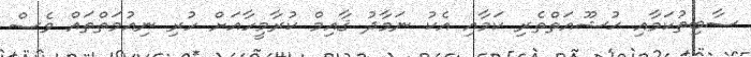
ސާބިތުކަމާއި ޙުޝޫއަތްތެރި ކަމާއި އެކު ނަމާދު ޤާއިމް ކުރާމީހާއަށް ހުރި ނިއުމަތްތައް ވެސް